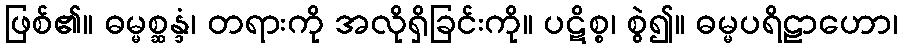
ဖြစ်၏။ ဓမ္မစ္ဆန္ဒံ၊ တရားကို အလိုရှိခြင်းကို။ ပဋိစ္စ၊ စွဲ၍။ ဓမ္မပရိဠာဟော၊